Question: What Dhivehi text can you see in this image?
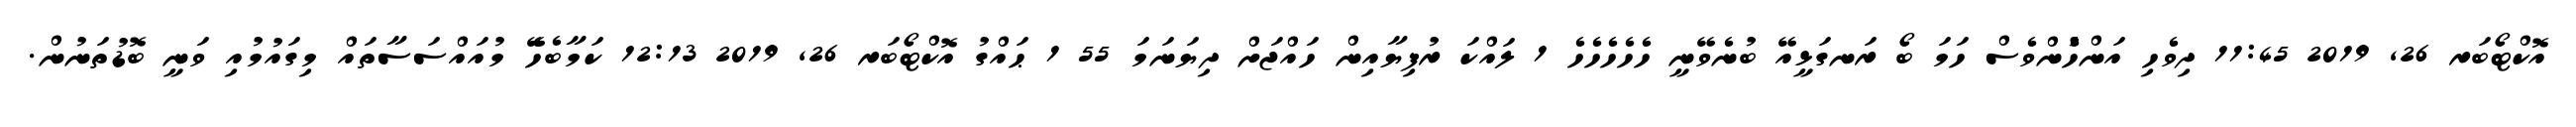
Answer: އޮކްޓޯބަރ 26, 2019 11:45 ދިވެހި އަންހެުންވެސް ހަމަ ބޯ ރަނގަޅީއޭ ބުނެވޭނީ ހެހެހެހެހެ 1 ލައްކަ ރުފިޔާއިން ހައްޖަށް ދިޔަނަމަ 55 1 ޙައްގު އޮކްޓޯބަރ 26, 2019 12:13 ކަމާބެހެޭ މުއައްސަސާތައް މިގައުމުއި ވަނީ ބޮޑުތަނުން.